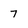
Character: 7